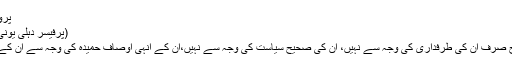
پروفیسر اپوروا نند
(پرفیسر دہلی یونی ورسٹی، دہلی)
رویش کے مداح صرف ان کی طرفداری کی وجہ سے نہیں، ان کی صحیح سیاست کی وجہ سے نہیں،ان کے انہی اوصاف حمیدہ کی وجہ سے ان کے مرید بنے ہیں۔